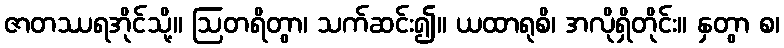
ဇာတဿရအိုင်သို့။ ဩတရိတွာ၊ သက်ဆင်း၍။ ယထာရုစိ၊ အလိုရှိတိုင်း။ နှတွာ စ၊